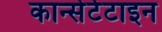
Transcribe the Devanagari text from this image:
कान्सेटेटाइन